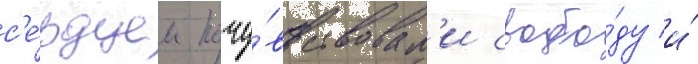
с'е́рдцем почу́вствовал'и свобо́ду и́